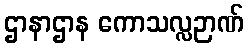
ဌာနာဌာန ကောသလ္လဉာဏ်